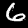
Label: 6